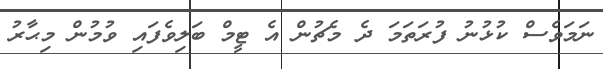
ނަމަވެސް ކުޅުނު ފުރަތަމަ ދެ މެޗުން އެ ޓީމް ބަލިވެފައި ވުމުން މިޙާރު